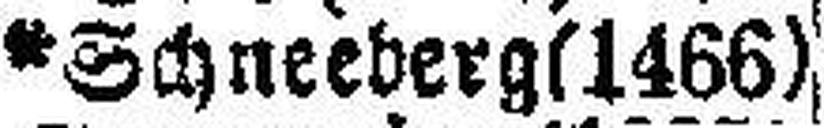
*Schneeberg (1466)